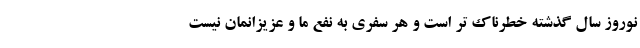
نوروز سال گذشته خطرناک تر است و هر سفری به نفع ما و عزیزانمان نیست